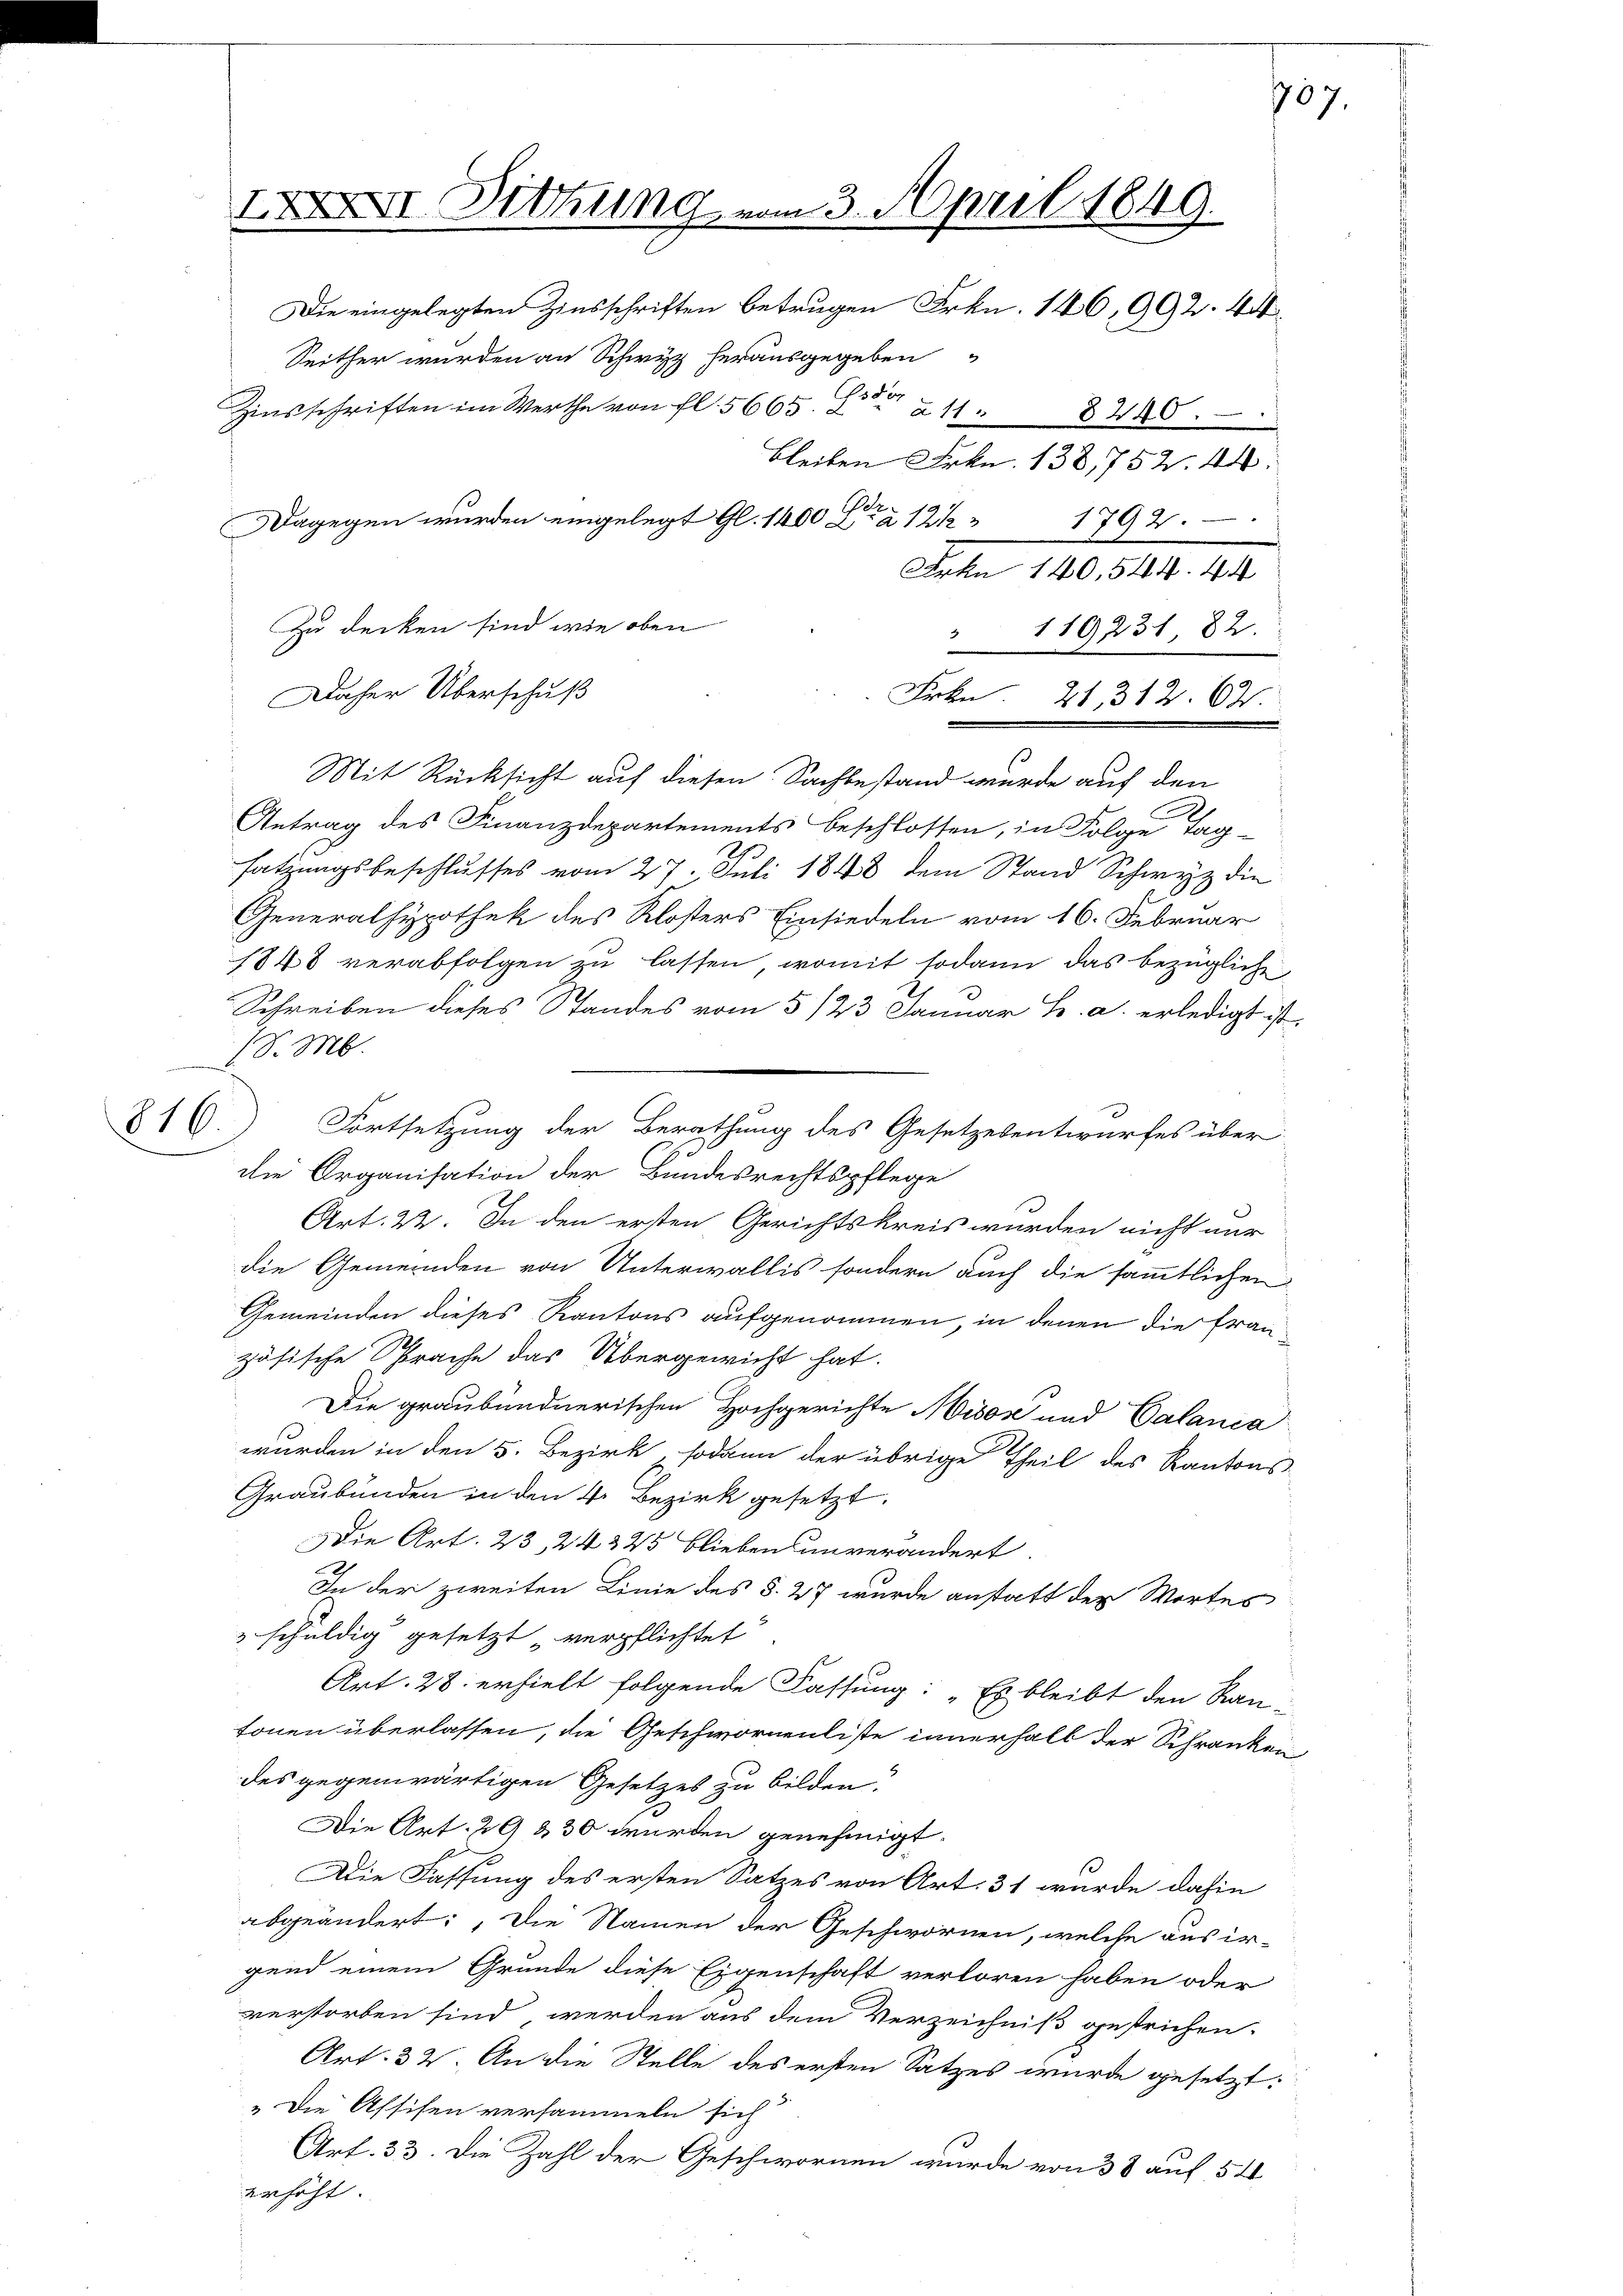
Mit Rücksicht auf diesen Sachbestand wurde auf den
Antrag des Finanzdepartements beschlossen, in Folge Tag-
satzungsbeschlusses vom 27. Juli 1848 dem Stand Schwyz die
Generalhypothek des Klosters Einsiedeln vom 16. Februar
1848 verabfolgen zu lassen, womit sodann das bezügliche
Schreiben dieses Standes vom 5 /23. Januar B. a. erledigt ist.
(S. M.
die Organisation der Bundesrechtspflege
Art. 22. In den ersten Gerichtskreis wurden nicht nur
die Gemeinden von Unterwallis sondern auch die sämmtlichen
Gemeinden dieses Kantons aufgenommen, in denen die Frau
zösische Sprache das Übergewicht hat.
Die graubündnerischen Hochgerichte Misos und Calanca
wurden in den 5. Bezirk, sodann der übrige Theil des Kantons-
Graubünden in den 4. Bezirk gesetzt.
Die Art. 23, 24345 bliebens unverändert
In der zweiten Linie des §. 27 wurde anstatt der Wortes
" schuldig gesetzt verpflichtet
Art. 28. erhielt folgende Fassung: „Es bleibt den Ran-
tonen überlassen, die Geschwornenliste innerhalb der Schranken,
des gegenwärtigen Gesetzes zu bilden.
Die Art. 29 & 30 wurden genehmigt.
Die Fassung des ersten Satzes von Art. 31 wurde dahin
abgeändert: Die Namen der Geschwornen, welche aus ir-
gend einem Grunde diese Eigenschaft verloren haben oder
verstorben sind, werden aus dem Verzeichniß gestrichen.
Art. 32. An die Stelle des ersten Satzes wurde gesetzt:
„Die Assisen versammeln sich
Art. 33. Die Zahl der Geschwornen wurde von 38 auf 5 4
erhöht.

816.

XII. Dittung vom 3. April 1849.
Die eingelegten Zinsschriften betrugen Frkn. 146, 992. 44
Seither wurden an Schwyz herausgegeben
Geden
Zinsschriften im Werthe von fl. 5665
à 11. 8240.
Bleiben Frkn. 138,752. 44:
Per
1792.
Dagegen wurden eingelegt Gl. 1400 à a 12 ½
Arkn 140. 544. 44
Zu decken sind, wie oben
 119231, 82.
Daher Überschuß
Frkn. 21, 312. 62

Fortsetzung der Berathung des Gesetzesentwurfes über

407.